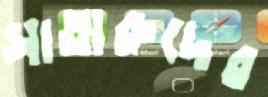
সাতারুদের